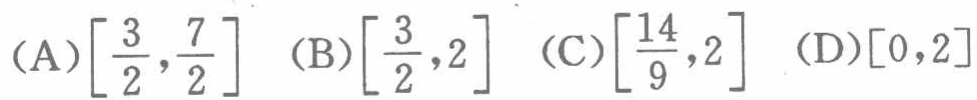
(A)\(\left[\frac{3}{2},\frac{7}{2}\right]\) (B)\(\left[\frac{3}{2},2\right]\) (C)\(\left[\frac{14}{9},2\right]\) (D)\([0,2]\)